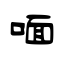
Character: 喕